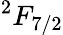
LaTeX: ^2F_{7/2}